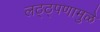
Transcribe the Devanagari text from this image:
लठ्ठ्पणामुळे